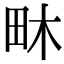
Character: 𤱃